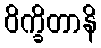
ဝိက္ခိတာနိ